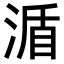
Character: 𣸩